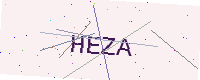
Text: HEZA